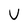
Character: V